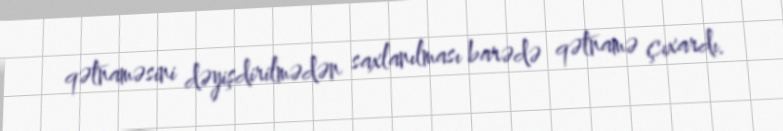
qətnaməsini dəyişdirilmədən saxlanılması barədə qətnamə çıxardı.